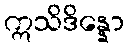
ဣသိဒိန္နော